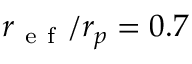
r _ { \mathrm { ~ e ~ f ~ } } / r _ { p } = 0 . 7